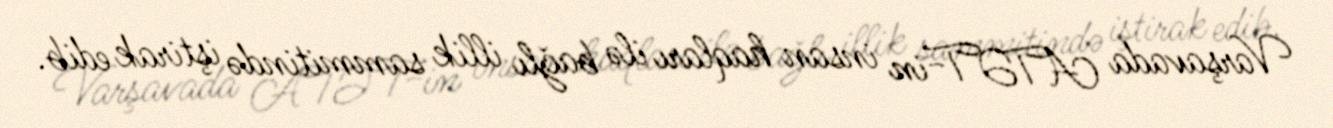
Varşavada ATƏT-in insan haqları ilə bağlı illik sammitində iştirak edib.